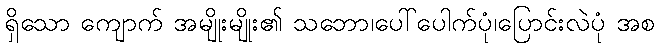
ရှိသော ကျောက် အမျိုးမျိုး၏ သဘော၊ပေါ်ပေါက်ပုံ၊ပြောင်းလဲပုံ အစ